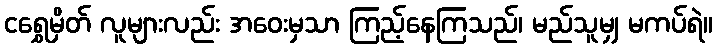
ငရွှေမှိတ် လူများလည်း အဝေးမှသာ ကြည့်နေကြသည်၊ မည်သူမျှ မကပ်ရဲ။